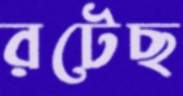
রটেছ